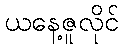
ယနေ့ဇူလိုင်